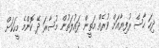
ދިހަ ހާސް ރުފިޔާއަށް ވުރެއް މަތީން ދައުލަތުން މުސާރަ ދޭ ކޮންމެ މީހަކަށް